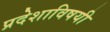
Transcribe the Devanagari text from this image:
प्रदेशाविषयी